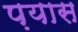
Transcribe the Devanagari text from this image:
प़यास